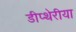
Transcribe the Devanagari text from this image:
डीप्थेरीया